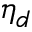
\eta _ { d }